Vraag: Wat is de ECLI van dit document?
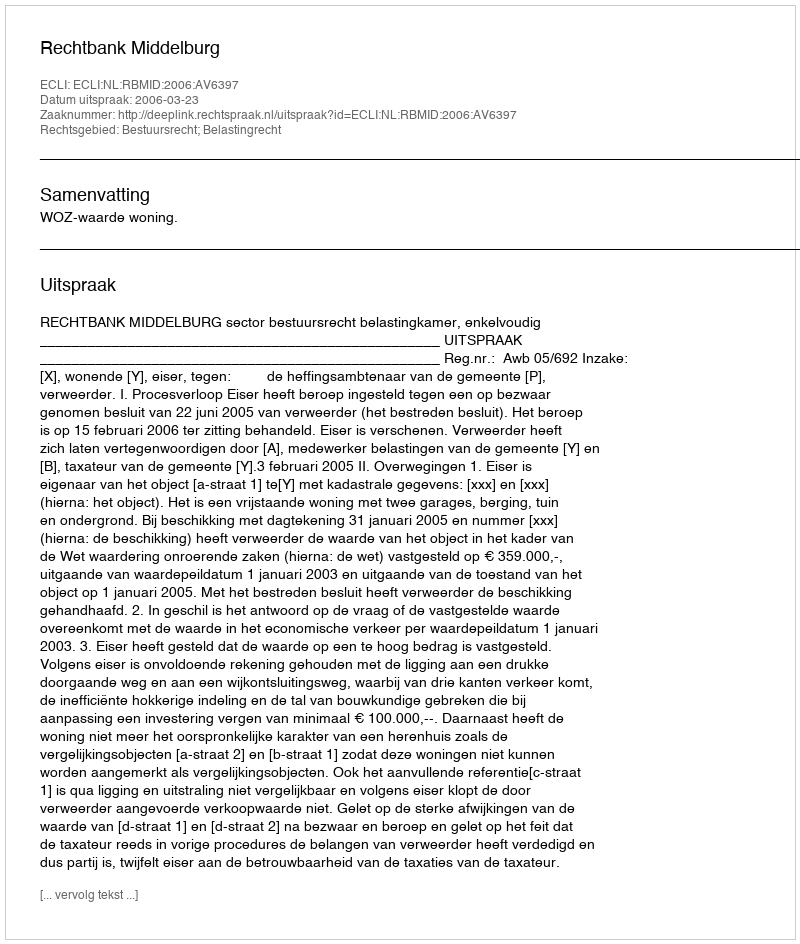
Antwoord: ECLI:NL:RBMID:2006:AV6397